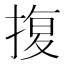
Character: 𭡪